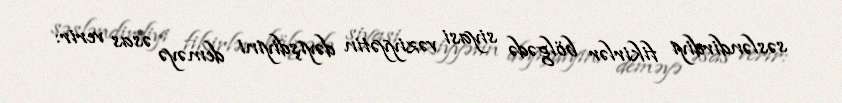
səsləndirdiyi fikirlər bölgədə siyasi vəziyyətin dəyişdiyini deməyə əsas verir: